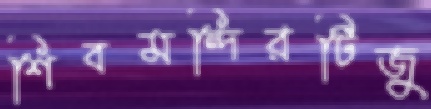
শিবমন্দিরটিজু